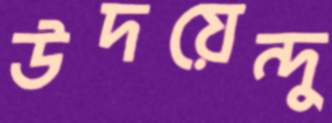
উদয়েন্দু